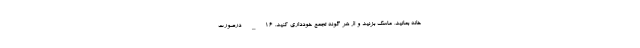
خانه بمانید، ماسک بزنید و از هر گونه تجمع خودداری کنید. ۱۶_ درصورت